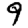
Digit: 9